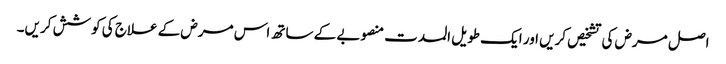
اصل مرض کی تشخیص کریں اور ایک طویل المدت منصوبے کے ساتھ اس مرض کے علاج کی کوشش کریں۔